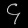
Digit: ၄